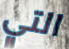
التي